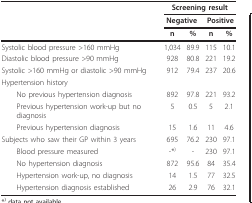
<table><thead><tr><td></td><td colspan="4"><b>Screening result</b></td></tr><tr><td></td><td colspan="2"><b>Negative</b></td><td colspan="2"><b>Positive</b></td></tr><tr><td></td><td><b>n</b></td><td><b>%</b></td><td><b>n</b></td><td><b>%</b></td></tr></thead><tbody><tr><td>Systolic blood pressure &gt;160 mmHg</td><td>1,034</td><td>89.9</td><td>115</td><td>10.1</td></tr><tr><td>Diastolic blood pressure &gt;90 mmHg</td><td>928</td><td>80.8</td><td>221</td><td>19.2</td></tr><tr><td>Systolic &gt;160 mmHg or diastolic &gt;90 mmHg</td><td>912</td><td>79.4</td><td>237</td><td>20.6</td></tr><tr><td>Hypertension history</td><td></td><td></td><td></td><td></td></tr><tr><td> No previous hypertension diagnosis</td><td>892</td><td>97.8</td><td>221</td><td>93.2</td></tr><tr><td> Previous hypertension work-up but no diagnosis</td><td>5</td><td>0.5</td><td>5</td><td>2.1</td></tr><tr><td> Previous hypertension diagnosis</td><td>15</td><td>1.6</td><td>11</td><td>4.6</td></tr><tr><td>Subjects who saw their GP within 3 years</td><td>695</td><td>76.2</td><td>230</td><td>97.1</td></tr><tr><td> Blood pressure measured</td><td>-*<sup>)</sup></td><td>-</td><td>230</td><td>97.1</td></tr><tr><td> No hypertension diagnosis</td><td>872</td><td>95.6</td><td>84</td><td>35.4</td></tr><tr><td> Hypertension work-up, no diagnosis</td><td>14</td><td>1.5</td><td>77</td><td>32.5</td></tr><tr><td> Hypertension diagnosis established</td><td>26</td><td>2.9</td><td>76</td><td>32.1</td></tr></tbody></table>